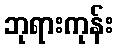
ဘုရားကုန်း